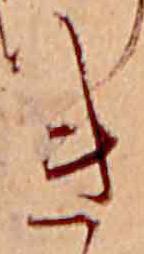
き